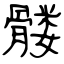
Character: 髅